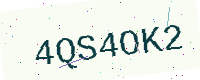
Text: 4QS4OK2